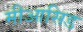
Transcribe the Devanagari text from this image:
मीआसिड